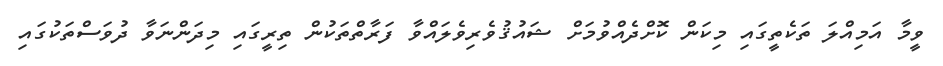
ވީމާ އަމިއްލަ ތަކެތީގައި މިކަން ކޮށްދެއްވުމަށް ޝައުޤުވެރިވެލައްވާ ފަރާތްތަކުން ތިރީގައި މިދަންނަވާ ދުވަސްތަކުގައި